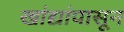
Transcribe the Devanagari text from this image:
खांद्यांपासून